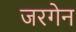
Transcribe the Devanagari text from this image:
जरगेन